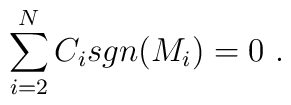
\sum_{i=2}^{N}C_i sgn(M_i)=0\ .